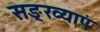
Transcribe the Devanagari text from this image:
सङ्ख्याएं